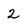
Character: 2